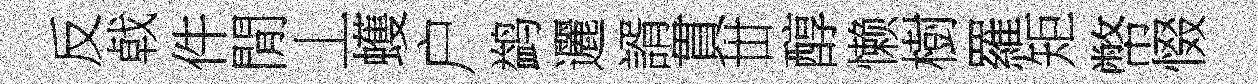
反㦸件閒丄蠖户鹢邐諝貫丗醇懒樹羅矩幣惙